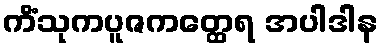
ကိံသုကပူဇကတ္ထေရ အပါဒါန